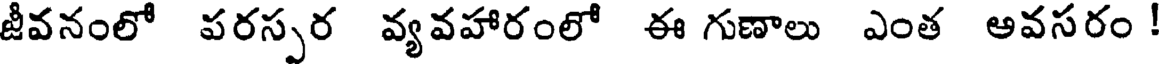
జీవనంలో పరస్సర వ్యవహారంలో ఈ గుణాలు ఎంత అవసరం !